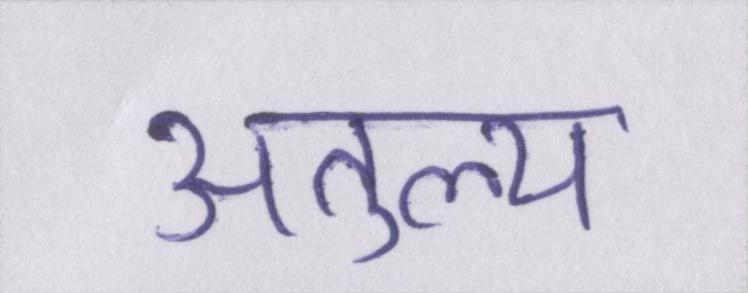
अतुल्य